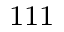
^ \mathrm { 1 1 1 }